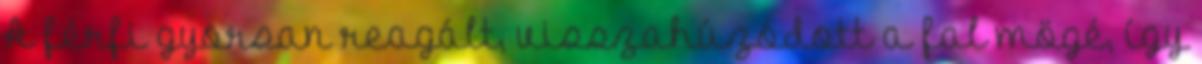
A férfi gyorsan reagált, visszahúzódott a fal mögé, így